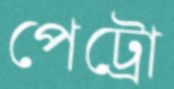
পেট্রো